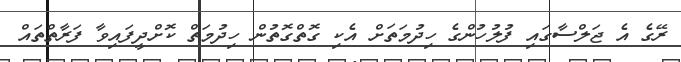
ރޭގެ އެ ޖަލްސާގައި ފުލުހުންގެ ހިދުމަތަށް އެކި ގޮތްގޮތުން ހިދުމަތް ކޮށްދީފައިވާ ފަރާތްތައް